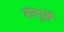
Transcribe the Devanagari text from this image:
तात्पुर्ते